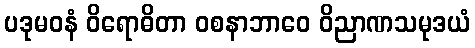
ပဒုမဝနံ ဝိရောဓိတာ ဝစနာဘာဝေ ဝိညာဏသမုဒယံ